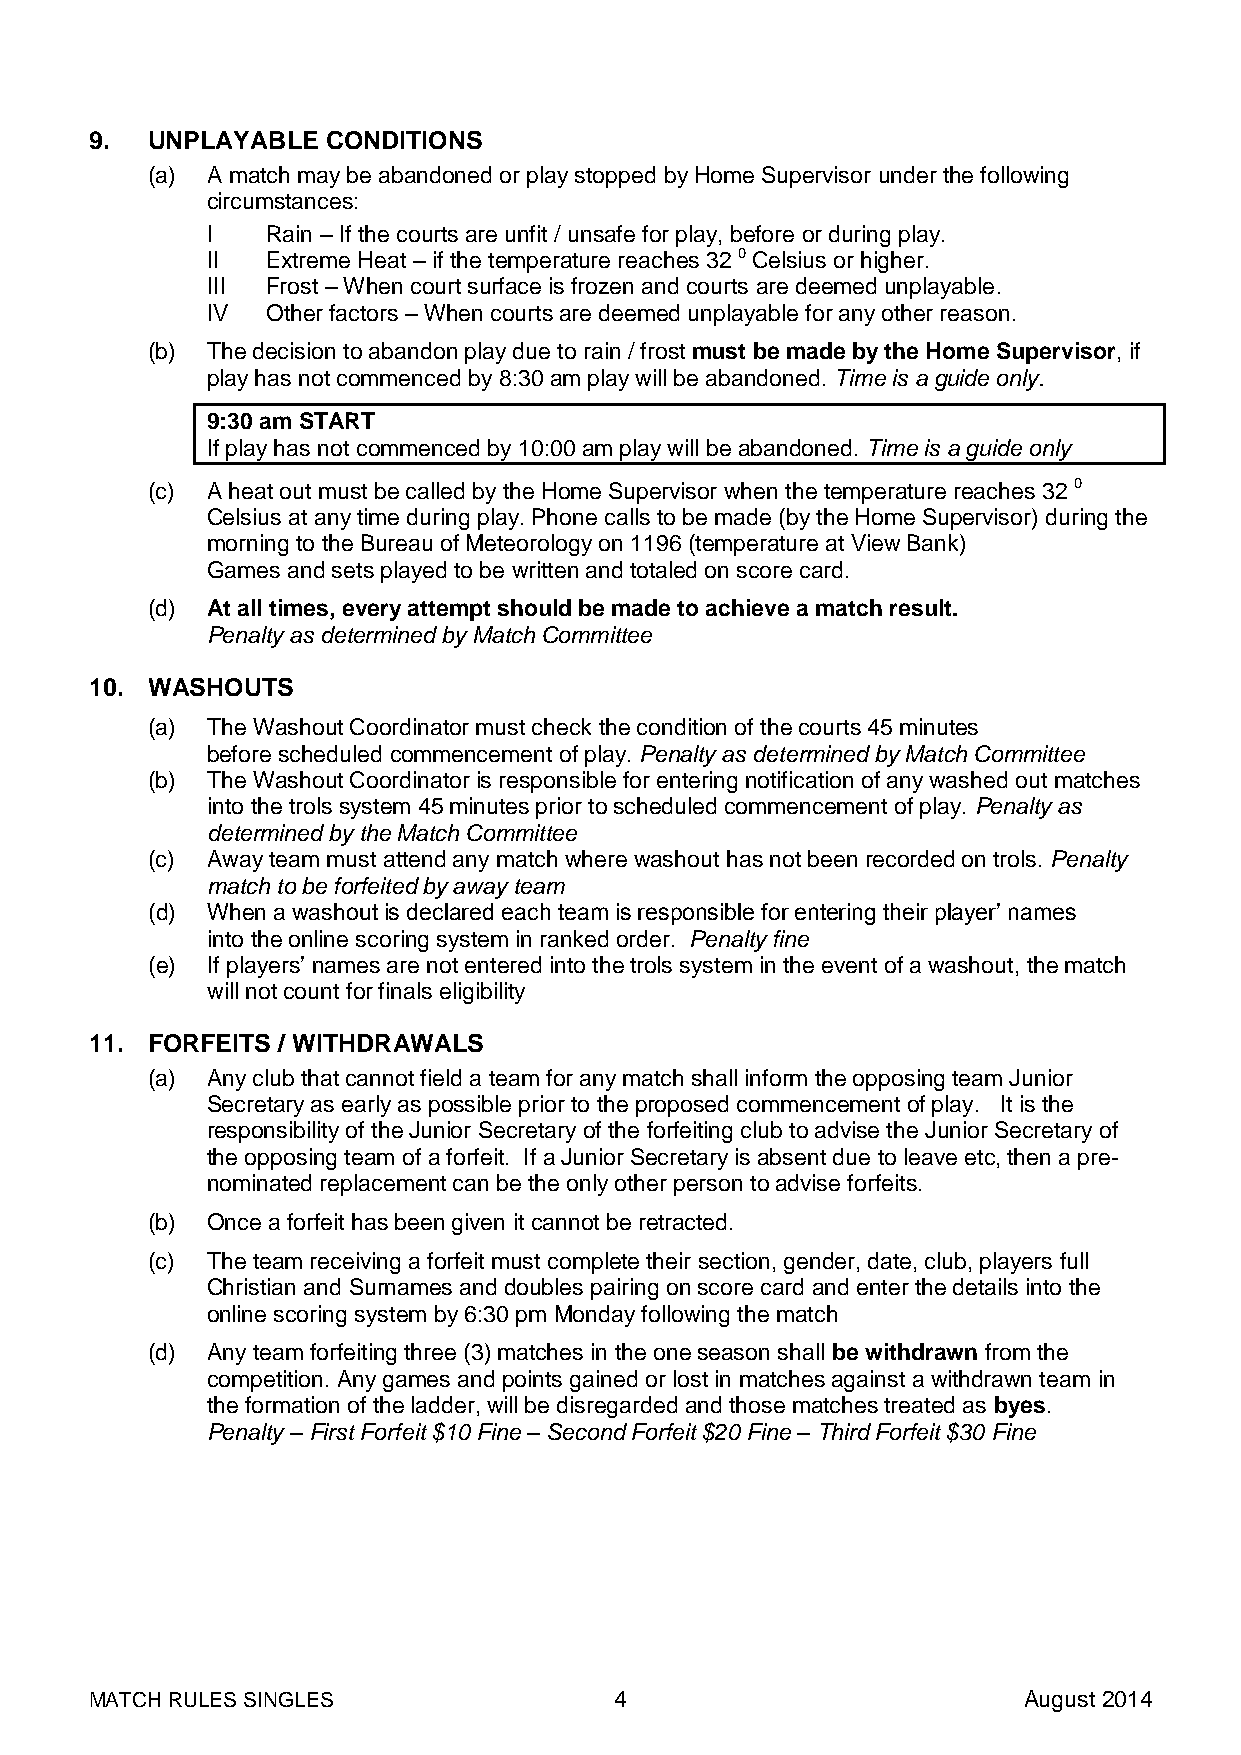
9.  UNPLAYABLE  CONDITIONS
 (a) A match may be abandoned or play stopped by Home Supervisor under the following
 circumstances:
 I   Rain – If the courts are unfit / unsafe for play, before or during play.
 II  Extreme Heat – if the temperature reaches 32 0 Celsius or higher.
 III Frost – When court surface is frozen and courts are deemed unplayable.
 IV  Other factors – When courts are deemed unplayable for any other reason.
 (b) The decision to abandon play due to rain / frost must be made by the Home Supervisor, if
 play has not commenced by 8:30 am play will be abandoned. Time is a guide only.
 9:30 am START
 If play has not commenced by 10:00 am play will be abandoned. Time is a guide only
 (c) A heat out must be called by the Home Supervisor when the temperature reaches 32 0
 Celsius at any time during play. Phone calls to be made (by the Home Supervisor) during the
 morning to the Bureau of Meteorology on 1196 (temperature at View Bank)
 Games and sets played to be written and totaled on score card.
 (d) At all times, every attempt should be made to achieve a match result.
 Penalty as determined by Match Committee
 10. WASHOUTS
 (a) The Washout Coordinator must check the condition of the courts 45 minutes
 before scheduled commencement of play. Penalty as determined by Match Committee
 (b) The Washout Coordinator is responsible for entering notification of any washed out matches
 into the trols system 45 minutes prior to scheduled commencement of play. Penalty as
 determined by the Match Committee
 (c) Away team must attend any match where washout has not been recorded on trols. Penalty
 match to be forfeited by away team
 (d) When a washout is declared each team is responsible for entering their player’ names
 into the online scoring system in ranked order. Penalty fine
 (e) If players’ names are not entered into the trols system in the event of a washout, the match
 will not count for finals eligibility
 11. FORFEITS / WITHDRAWALS
 (a) Any club that cannot field a team for any match shall inform the opposing team Junior
 Secretary as early as possible prior to the proposed commencement of play. It is the
 responsibility of the Junior Secretary of the forfeiting club to advise the Junior Secretary of
 the opposing team of a forfeit. If a Junior Secretary is absent due to leave etc, then a pre-
 nominated replacement can be the only other person to advise forfeits.
 (b) Once a forfeit has been given it cannot be retracted.
 (c) The team receiving a forfeit must complete their section, gender, date, club, players full
 Christian and Surnames and doubles pairing on score card and enter the details into the
 online scoring system by 6:30 pm Monday following the match
 (d) Any team forfeiting three (3) matches in the one season shall be withdrawn from the
 competition. Any games and points gained or lost in matches against a withdrawn team in
 the formation of the ladder, will be disregarded and those matches treated as byes.
 Penalty – First Forfeit $10 Fine – Second Forfeit $20 Fine – Third Forfeit $30 Fine
 MATCH RULES SINGLES                4                          August 2014